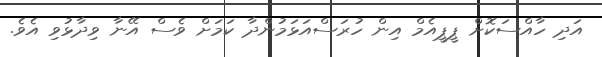
އަދި ހާއްސަކޮށް ޕީޕީއެމް އިން ހުރަސްއަޅަމުންދާ ކަމަށް ވެސް އޭނާ ވިދާޅުވި އެވެ.